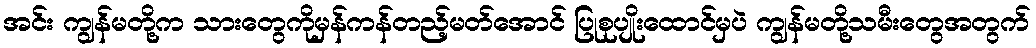
အင်း ကျွန်မတို့က သားတွေကိုမှန်ကန်တည့်မတ်အောင် ပြုစုပျိုးထောင်မှပဲ ကျွန်မတို့သမီးတွေအတွက်